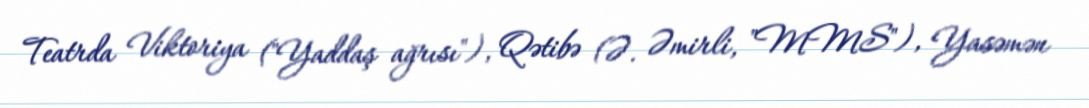
Teatrda Viktoriya ("Yaddaş ağrısı"), Qətibə (Ə. Əmirli, "MMS"), Yasəmən